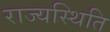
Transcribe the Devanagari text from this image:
राज्यस्थिति